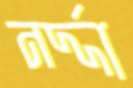
নর্দ্দা